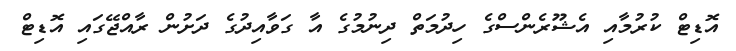
އޮޑިޓް ކުރުމާއި އެޝޫރެންސްގެ ހިދުމަތް ދިނުމުގެ އާ ގަވާއިދުގެ ދަށުން ރާއްޖޭގައި އޮޑިޓް